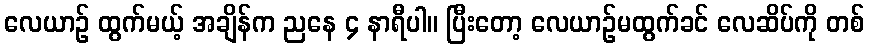
လေယာဉ် ထွက်မယ့် အချိန်က ညနေ ၄ နာရီပါ။ ပြီးတော့ လေယာဉ်မထွက်ခင် လေဆိပ်ကို တစ်